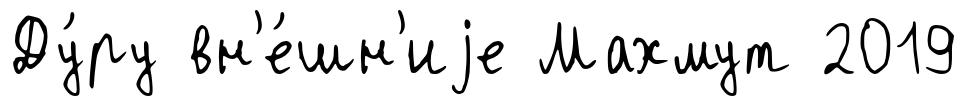
Ду́ру вн'е́шн'иjе Махмут 2019